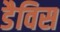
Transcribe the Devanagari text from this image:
डैविस